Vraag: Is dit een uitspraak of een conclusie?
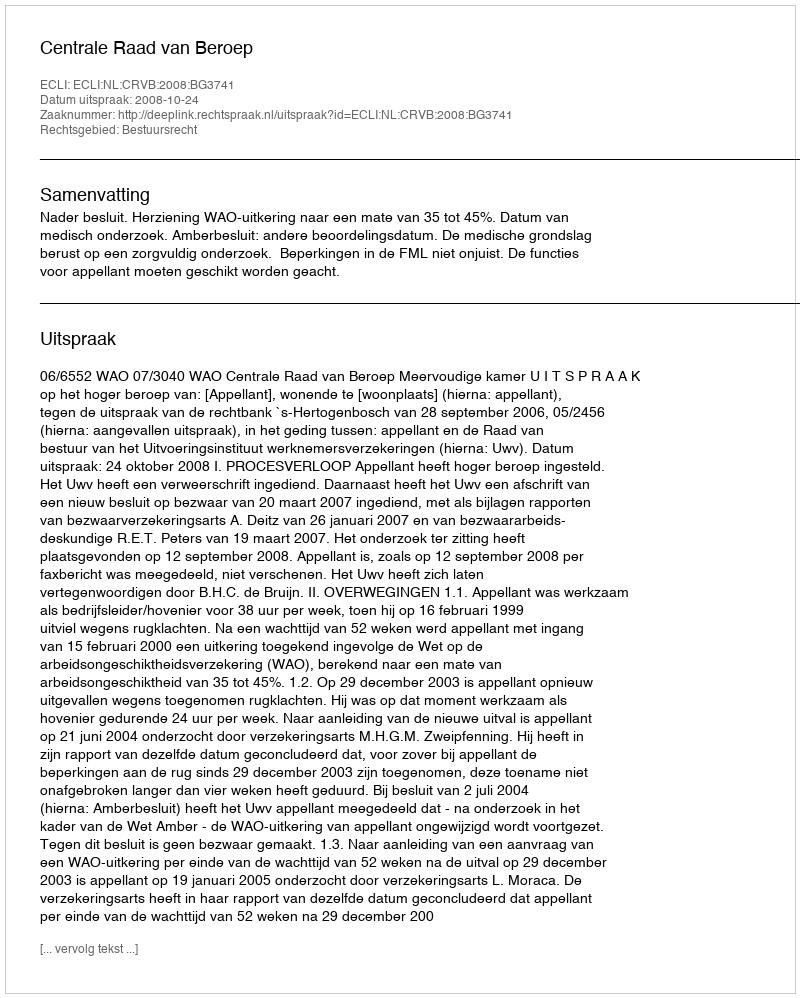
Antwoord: Uitspraak